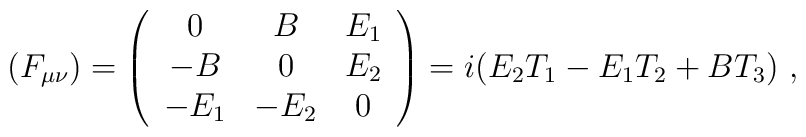
(F_{\mu\nu})=\left(\begin{array}{ccc}0&B&E_{1}\\-B&0&E_{2}\\-E_{1}&-E_{2}&0\end{array}\right)=i(E_{2}T_{1}-E_{1}T_{2}+BT_{3})\ ,